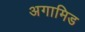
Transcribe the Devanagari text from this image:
अगामिड